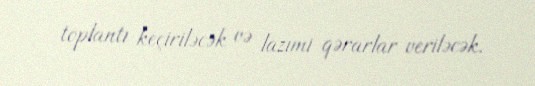
toplantı keçiriləcək və lazımi qərarlar veriləcək.